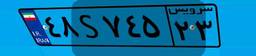
۴۸S۷۴۵۲۳